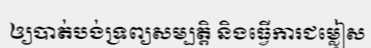
ឲ្យបាត់បង់ទ្រព្យសម្បត្តិ និងធ្វើការជម្លៀស